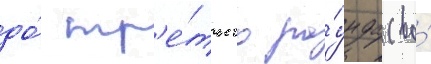
до́ тр'е́тьего ра́унда (во́